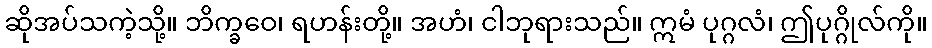
ဆိုအပ်သကဲ့သို့။ ဘိက္ခဝေ၊ ရဟန်းတို့။ အဟံ၊ ငါဘုရားသည်။ ဣမံ ပုဂ္ဂလံ၊ ဤပုဂ္ဂိုလ်ကို။